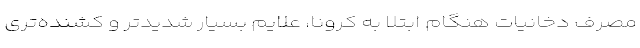
مصرف دخانیات هنگام ابتلا به کرونا، علایم بسیار شدیدتر و کشنده‌تری